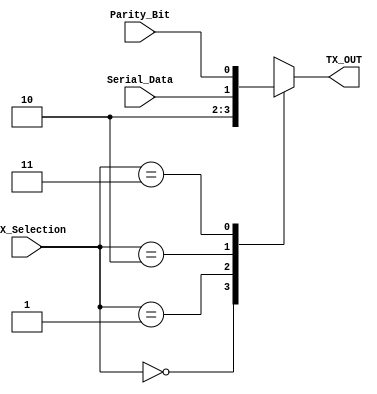
module TX_MUX 
(
  input wire [1:0]  MUX_Selection,
  input wire        Serial_Data,
  input wire        Parity_Bit,
  output reg        TX_OUT
);

localparam  LOGIC_ONE = 2'b00,    // for idle and stop
            LOGIC_ZERO = 2'b01,   // for start
            DATA_BITS = 2'b10,
            PARITY_BIT = 2'b11;


always @ (*)
  begin
    case(MUX_Selection)
      LOGIC_ONE:  begin
                    TX_OUT = 1'b1;
                  end 
      LOGIC_ZERO: begin
                    TX_OUT = 1'b0;
                  end 
      DATA_BITS:  begin
                    TX_OUT = Serial_Data;
                  end 
      PARITY_BIT: begin
                    TX_OUT = Parity_Bit;
                  end 
      default:    begin
                    TX_OUT = 1'b1;
                  end
    endcase
  end


endmodule